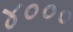
૪૦૦૦